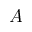
A